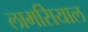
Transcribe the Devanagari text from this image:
लामसियाल